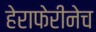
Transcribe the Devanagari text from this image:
हेराफेरीनेच